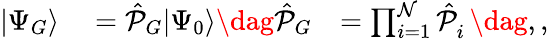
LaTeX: \begin{array}{rlr}{\vert\Psi_{G}\rangle}&{{}=\hat{\mathcal{P}}_{G}\vert\Psi_{0}\rangle\dag\hat{\mathcal{P}}_{G}}&{=\prod_{i=1}^{\mathcal{N}}\hat{\mathcal{P}}_{i}^{\phantom{\dagger}}\dag,,}\end{array}